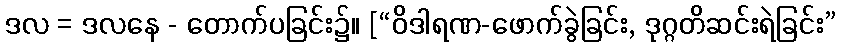
ဒလ = ဒလနေ - တောက်ပခြင်း၌။ [“ဝိဒါရဏ-ဖောက်ခွဲခြင်း, ဒုဂ္ဂတိဆင်းရဲခြင်း”